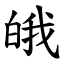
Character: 皒